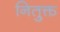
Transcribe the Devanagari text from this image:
नितुक्त